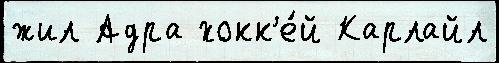
жил Адра хокк'е́й Карлайл